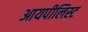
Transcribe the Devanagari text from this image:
आयपीलिस्ट